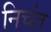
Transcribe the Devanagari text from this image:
निचंत